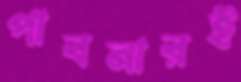
পাবনারই